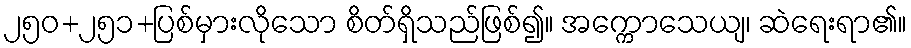
၂၅၀+၂၅၁+ပြစ်မှားလိုသော စိတ်ရှိသည်ဖြစ်၍။ အက္ကောသေယျ၊ ဆဲရေးရာ၏။